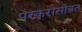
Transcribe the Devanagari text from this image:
परकरासोबत